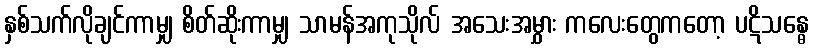
နှစ်သက်လိုချင်ကာမျှ စိတ်ဆိုးကာမျှ သာမန်အကုသိုလ် အသေးအမွှား ကလေးတွေကတော့ ပဋိသန္ဓေ